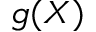
g ( X )